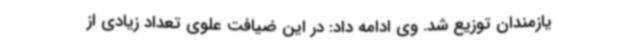
یازمندان توزیع شد. وی ادامه داد: در این ضیافت علوی تعداد زیادی از